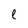
Character: l